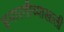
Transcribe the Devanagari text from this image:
इमारतीच्याखाली